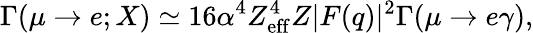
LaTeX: \Gamma(\mu\rightarrow e;X)\simeq 16\alpha^{4}Z_{\mathrm{eff}}^{4}Z|F(q)|^{2}\Gamma(\mu\rightarrow e\gamma),